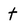
Character: t